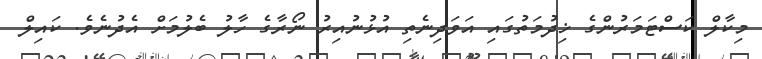
މިކާލް ކަސްޓަމަރުންގެ ޚިދުމަތުގައި އަވަދިނެތި އުޅުނުއިރު ނޯރާގެ ހާލު ބެލުމަށް އެދުނެވެ. ކައިލް